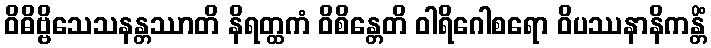
ဝိဓိဗ္ဗိသေသနန္တဿာတိ နိရတ္ထကံ ဝိစိန္တေတိ ဝါရိဂေါစရော ဝိပဿနာနိကန္တိံ